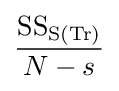
{\dfrac {{\text{SS}}_{{\text{S}}({\text{Tr}})}}{N-s}}